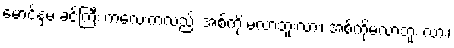
မောင့်နှမ ခင်ကြီး ကလေးကလည်း အစ်ကို မလာဘူးလား၊ အစ်ကိုမလာဘူး လား၊